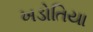
ખડોતિયા